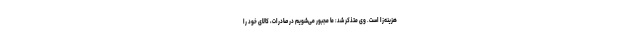
هزینه‌زا است. وی متذکر شد: ما مجبور می‌شویم در صادرات، کالای خود را